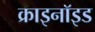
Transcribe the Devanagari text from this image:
क्राइनॉइड